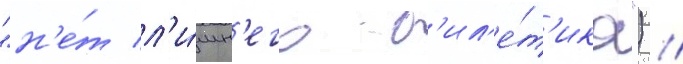
"н'е́т л'и́шн'его б'ил'е́т'ика") /